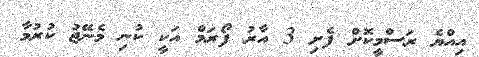
އިއްޔެ ރަސްމީކޮށް ފެށި 3 އާރު ފޯރަމް އަކީ ކުނި މެނޭޖު ކުރުމާ